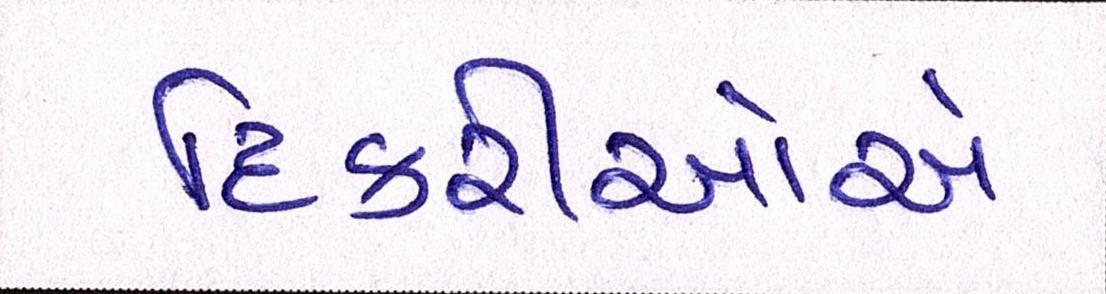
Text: દિકરીઓએ